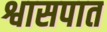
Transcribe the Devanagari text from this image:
श्वासपात